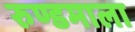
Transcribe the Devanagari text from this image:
रुण्डमाला